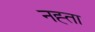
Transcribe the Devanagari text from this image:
नह्ता